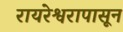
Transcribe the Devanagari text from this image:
रायरेश्वरापासून